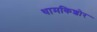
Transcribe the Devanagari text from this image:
थामकिशोर